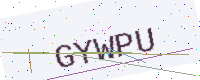
Text: GYWPU